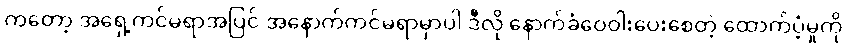
ကတော့ အရှေ့ကင်မရာအပြင် အနောက်ကင်မရာမှာပါ ဒီလို နောက်ခံဝေဝါးပေးစေတဲ့ ထောက်ပံ့မှုကို